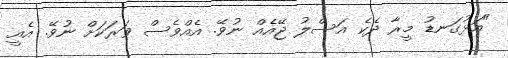
"އަޅުގަނޑު މީރާ ދެކެ އަސްލު ޖޭއެއް ނުވޭ. އެއްވެސް ވަރަކަށް ނުވޭ. އެއީ